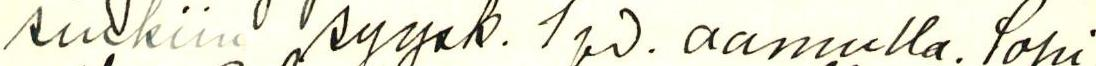
sinkiin syysk. 1 pv. aamulla. Sopi